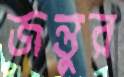
জন্তুর